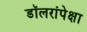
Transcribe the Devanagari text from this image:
डॉलरांपेक्षा